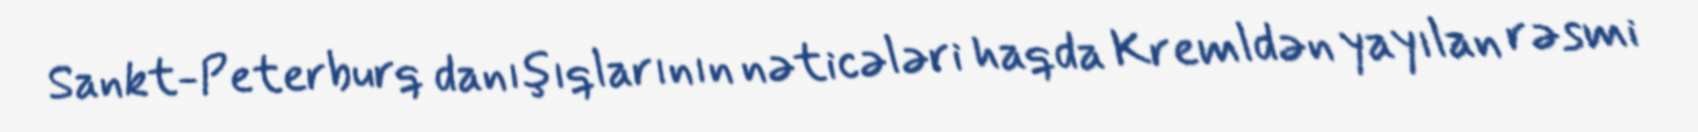
Sankt-Peterburq danışıqlarının nəticələri haqda Kremldən yayılan rəsmi